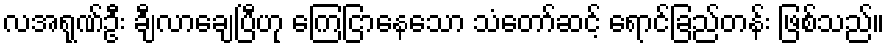
လအရုဏ်ဦး ချီလာချေပြီဟု ကြေငြာနေသော သံတော်ဆင့် ရောင်ခြည်တန်း ဖြစ်သည်။